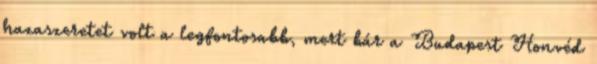
hazaszeretet volt a legfontosabb, mert bár a Budapest Honvéd